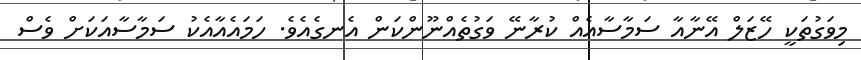
މިވަގުތަކީ ހޭޒަލް އޭނާއާ ސަމާސާއެއް ކުރާނޭ ވަގުތެއްނޫންކަން އެނގެއެވެ. ހަމައެއާއެކު ސަމާސާއަކަށް ވެސް